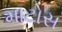
માટોસ